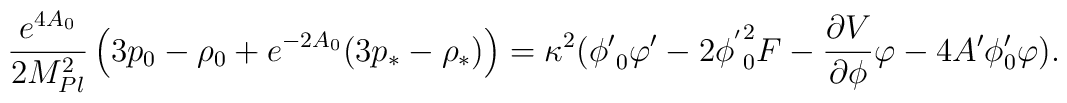
\frac{e^{4A_0}}{2 M^2_{Pl}} \left(3 p_0-\rho_0 + e^{-2A_0} (3 p_{*} - \rho_{*}) \right) = \kappa ^2({\phi '}_0 \varphi ' -2 {\phi ^{'}}^2 _0 F-\frac{\partial V}{\partial \phi} \varphi -4 A' \phi'_0 \varphi).